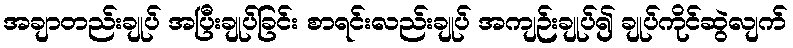
အချာတည်းချုပ် အပြီးချုပ်ခြင်း စာရင်းလည်းချုပ် အကျဉ်းချုပ်၍ ချုပ်ကိုင်ဆွဲလျက်